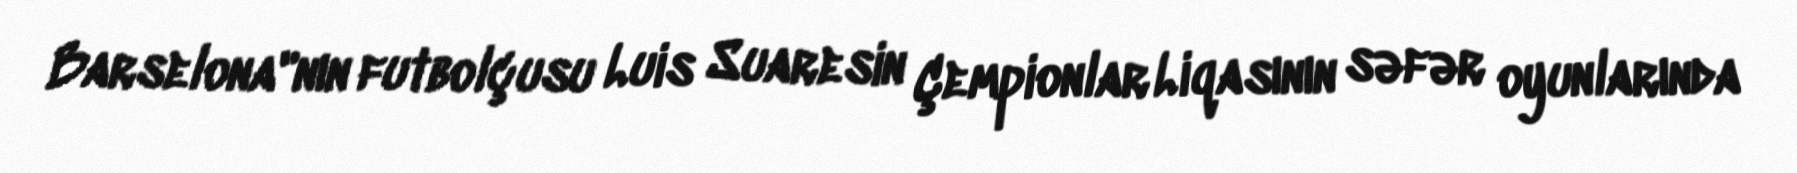
Barselona"nın futbolçusu Luis Suaresin Çempionlar Liqasının səfər oyunlarında